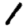
Digit: 1